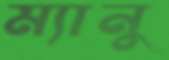
ম্যানু